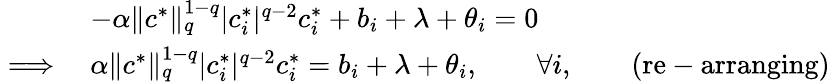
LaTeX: \begin{array}{rl}&{-\alpha\lVert c^{*}\rVert_{q}^{1-q}|c_{i}^{*}|^{q-2}c_{i}^{*}+b_{i}+\lambda+\theta_{i}=0}\\ {\implies}&{\alpha\lVert c^{*}\rVert_{q}^{1-q}|c_{i}^{*}|^{q-2}c_{i}^{*}=b_{i}+\lambda+\theta_{i},\qquad\forall i,\qquad\mathrm{(re-arranging)}}\end{array}